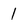
Character: 1